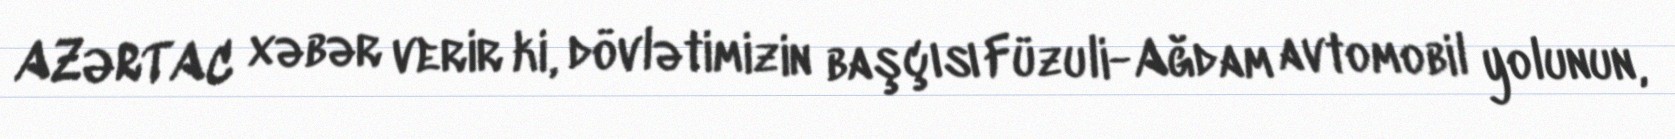
AZƏRTAC xəbər verir ki, dövlətimizin başçısı Füzuli-Ağdam avtomobil yolunun,